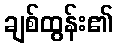
ချစ်ထွန်း၏